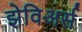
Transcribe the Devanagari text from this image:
झेविअर्स